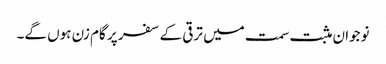
نوجوان مثبت سمت میں ترقی کے سفر پر گام زن ہوں گے۔